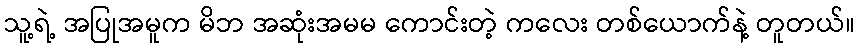
သူ့ရဲ့ အပြုအမူက မိဘ အဆုံးအမမ ကောင်းတဲ့ ကလေး တစ်ယောက်နဲ့ တူတယ်။